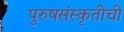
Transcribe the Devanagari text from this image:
पुरुषसंस्कृतीची